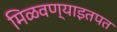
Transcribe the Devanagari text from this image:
मिळवण्याइतपत